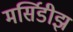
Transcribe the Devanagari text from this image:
मर्सिडीझ